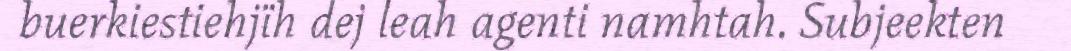
buerkiestiehjïh dej leah agenti namhtah. Subjeekten